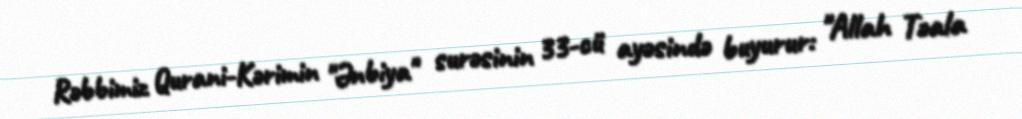
Rəbbimiz Qurani-Kərimin "Ənbiya" surəsinin 33-cü ayəsində buyurur: "Allah Təala